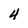
Character: 4